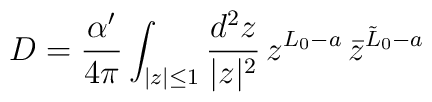
D = \frac{\alpha '}{4 \pi} \int_{|z| \leq 1} \frac{d^2 z}{|z|^2}\, z^{L_0 - a} \,{\bar{z}}^{{\tilde{L}}_0 - a}